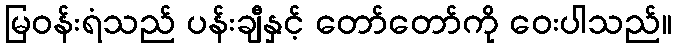
မြဝန်းရံသည် ပန်းချီနှင့် တော်တော်ကို ဝေးပါသည်။